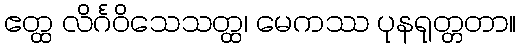
ဧတ္ထ လိင်္ဂဝိသေသတ္ထ၊ မေကဿ ပုနရုတ္တတာ။